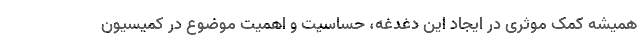
همیشه کمک موثری در ایجاد این دغدغه، حساسیت و اهمیت موضوع در کمیسیون